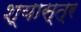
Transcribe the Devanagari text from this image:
श्यास्त्र